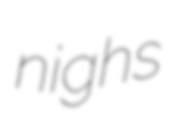
nighs